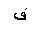
Letter: _fa